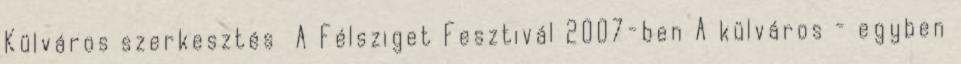
Külváros szerkesztés A Félsziget Fesztivál 2007-ben A külváros - egyben